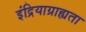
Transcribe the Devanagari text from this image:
इंद्रियाग्राह्यता